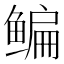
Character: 鳊